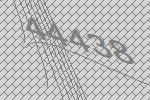
44438